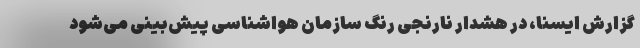
گزارش ایسنا، در هشدار نارنجی ‌رنگ سازمان هواشناسی پیش‌بینی می‌شود